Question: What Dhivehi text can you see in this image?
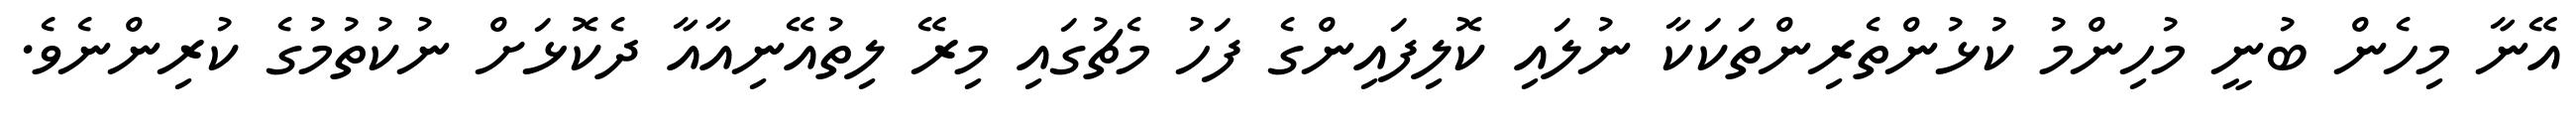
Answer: އޭނާ މިހެން ބުނީ މުހިންމު ކުޅުންތެރިންތަކަކާ ނުލައި ކޮލިފައިންގެ ފަހު މެޗުގައި މިރޭ ލިތުއޭނިއާއާ ދެކޮޅަށް ނުކުތުމުގެ ކުރިންނެވެ.